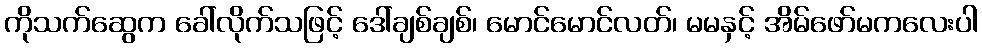
ကိုသက်ဆွေက ခေါ်လိုက်သဖြင့် ဒေါ်ချစ်ချစ်၊ မောင်မောင်လတ်၊ မမနှင့် အိမ်ဖော်မကလေးပါ